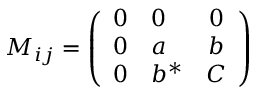
M _ { i j } = \left( \begin{array} { c l c } { { 0 } } & { { 0 } } & { { 0 } } \\ { { 0 } } & { { a } } & { { b } } \\ { { 0 } } & { { b ^ { * } } } & { { C } } \end{array} \right)